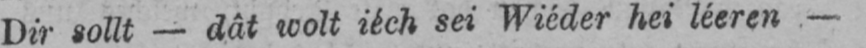
Dir sollt - dât wolt iéch sei Wiéder hei léeren-